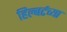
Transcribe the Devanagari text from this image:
हिल्बर्टच्या